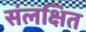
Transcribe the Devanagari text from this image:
संलक्षित